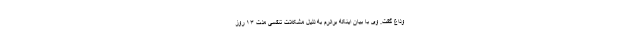
وداع گفت. وی با بیان اینکه برادرم به دلیل مشکلات تنفسی مدت ۱۳ روز